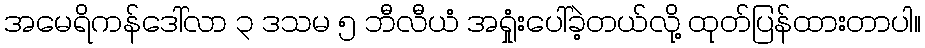
အမေရိကန်ဒေါ်လာ ၃ ဒသမ ၅ ဘီလီယံ အရှုံးပေါ်ခဲ့တယ်လို့ ထုတ်ပြန်ထားတာပါ။